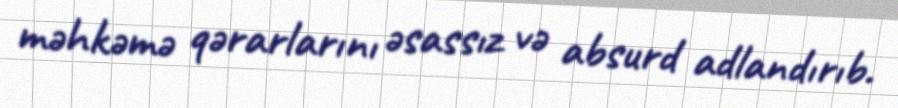
məhkəmə qərarlarını əsassız və absurd adlandırıb.